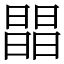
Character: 𣊫